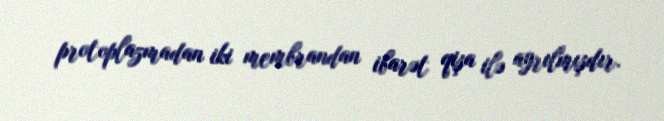
protoplazmadan iki membrandan ibarət qişa ilə ayrılmışdır.